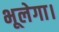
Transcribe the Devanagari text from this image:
भूलेगा।